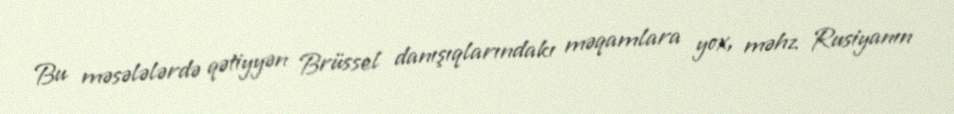
Bu məsələlərdə qətiyyən Brüssel danışıqlarındakı məqamlara yox, məhz Rusiyanın